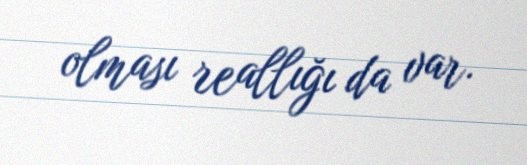
olması reallığı da var.